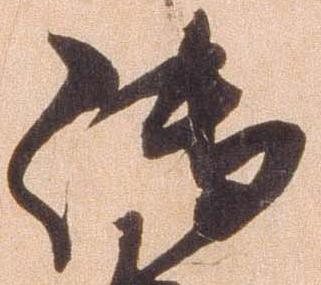
御